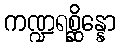
ကဏ္ဍရစ္ဆိန္နော